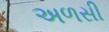
અળસી